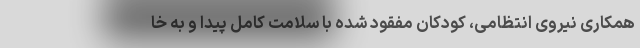
همکاری نیروی انتظامی، کودکان مفقود شده با سلامت کامل پیدا و به خا